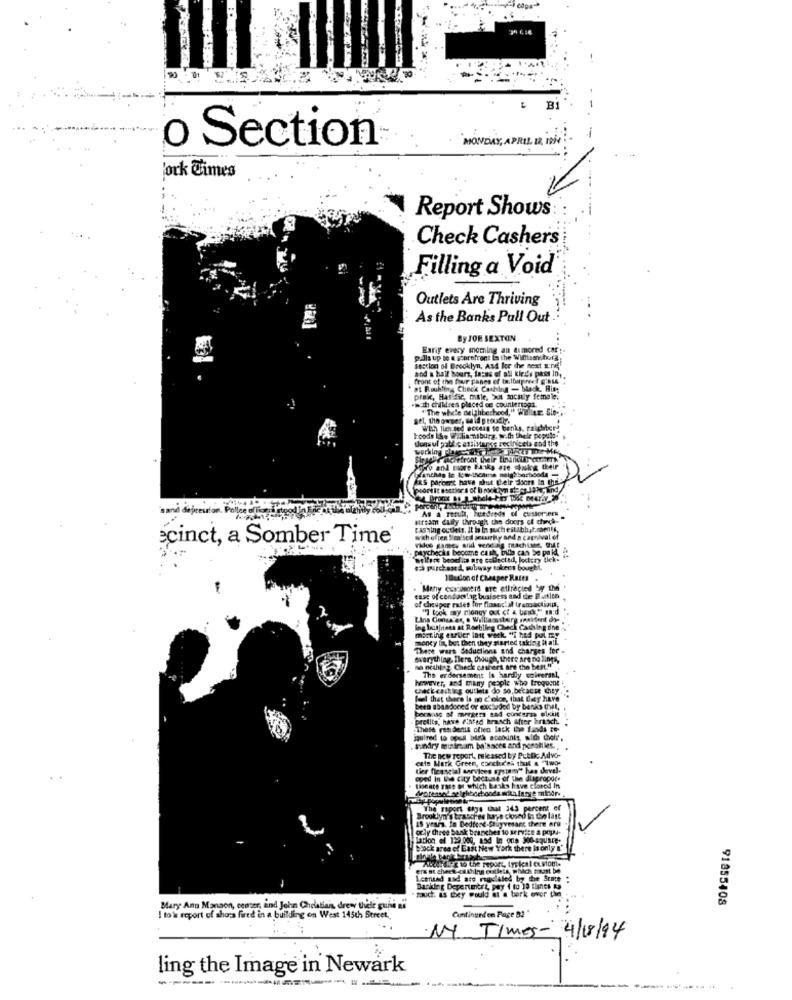
o Section
MONDAY, APRIL IR INY
york Times
Report Shows
Check Cashers
Filling a Void
Outlets Are Thriving
As the Bank's Pull Out.
By JOE SEXTON
Earif every morning an timored car ;.
palla up te & storefront is the Williamsburg
and a half hours, tazas of all kiri's pass in,
Festloet of Brooklyn, And for the next E'nif"
front of the four panes ef toilburg-net gibi6
at Roukling Check Cashby - black, Hint
prak, Hasific, mille, Xx mocsily female.
ww.It children placed de countertops.
"The whole neighborhood," Will Sie-
get, the owner, said proudly.
With lim ted access to benks, pale
hoods IS. Williamsburg, with thele popul
dans of pabl c assistanse seciriceta and the
Hirselle diefront their tinandir cont
ORo and more Faks ate ching their
ARS paromit have whist their doors In the
s and depression. Polering
stream Cally through the doors of church-
cashing octets. It ha in such estabhatments,
ecinct, a Somber Time'
with often Sie'sod security and a capnival of
Ykke games and werkdag machine, ME
paychecks become cash, billa can be po kdl
welfare benefits are collected, Jodtery tek-
ca purchased, subway tokens bought
Ilusion of Cheaper Rates
Many customers are allracted by the
of deuper rates for financial transactions.
case of conductlag busisess and de Bertica
"] took my money out of a band," en:d
Lina Conga es, a Williamssterk raktent do-
ing business at Roebling Check Caching dine.
most ing etriler last week "T had put my
monkey lin, but then they started takisig Hh ati.
These wars deductions and charges for -
everything. Flere, dwugh, there are no lings,
na nichjez. Check osshert are the best "'
however, and many people who trogoent
The erdersement Is hardly univeranl,
check casking outlets do so because they
feel that there is mo c'olos, that day have
been abandoned or euchedad by banks thet,
because of mergers and concerza elKuit
profits, have (ihfed brasch after brasch.
These residents oflen lack the funds ze-
quired to spell bisk accounts wid thely',
sundry minimam ba'saces and persilles.
cate Mark Green, conche'ss thel & "Two-
The new report, released by Public Advo-
ter fleasgial services system" has devel-
oped in the city because of the dispropor.
toface zase of which banks have closed In
The report says that 343 percent of
15 years. In Bedtest-Stuyvesant there are
Brooklyn's trasch'es burye clound in the last
orly three bank branches to service a popl-
lation of 129.000, asd In one 300-square-
Block area of East New York there is only n'
Thechair g wo the report, typkal eu stomt.
Leenund and are regulaled by the State "
zauch. as they would at @ bork over the
Backing Depertmert, pay 4 10 19 times ka
91855408
Bary Ann Mangon, ceaser, and John Chelstian, drew thete quili si
Continued on Page B2 "
to & report of ahora fired in a building on West 145th Street.
NY Times- 4/18/94
ling the Image in Newark